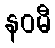
နဝမီ